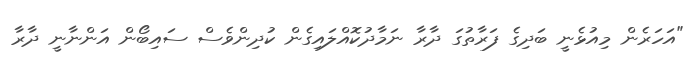
"އަހަރެން މިއުޅެނީ ބަދިގެ ފަރާތުގަ ދާރާ ނަމާދުކޮއްލައިގެން ކުދިންވެސް ސައިބޯން އަންނާނީ ދާރާ